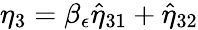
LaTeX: \eta_{3}=\beta_{\epsilon}\hat{\eta}_{31}+\hat{\eta}_{32}